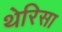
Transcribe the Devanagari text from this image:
थेरिसा